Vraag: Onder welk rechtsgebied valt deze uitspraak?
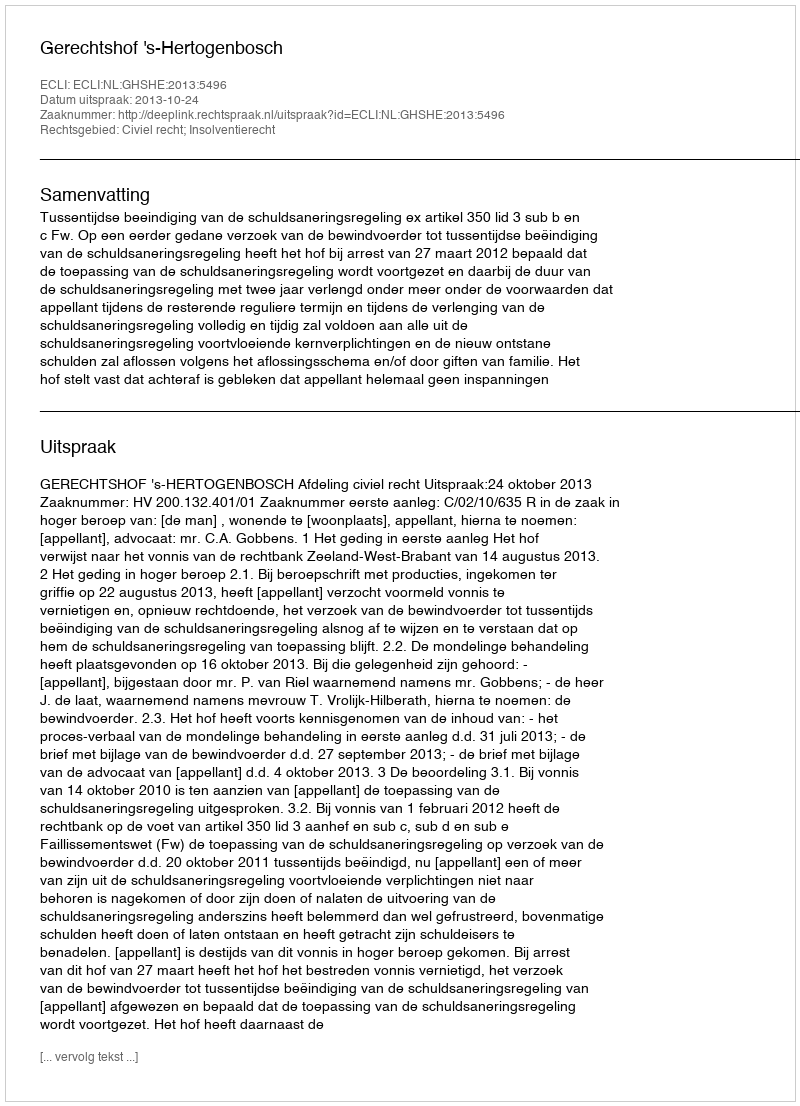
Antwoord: Civiel recht; Insolventierecht